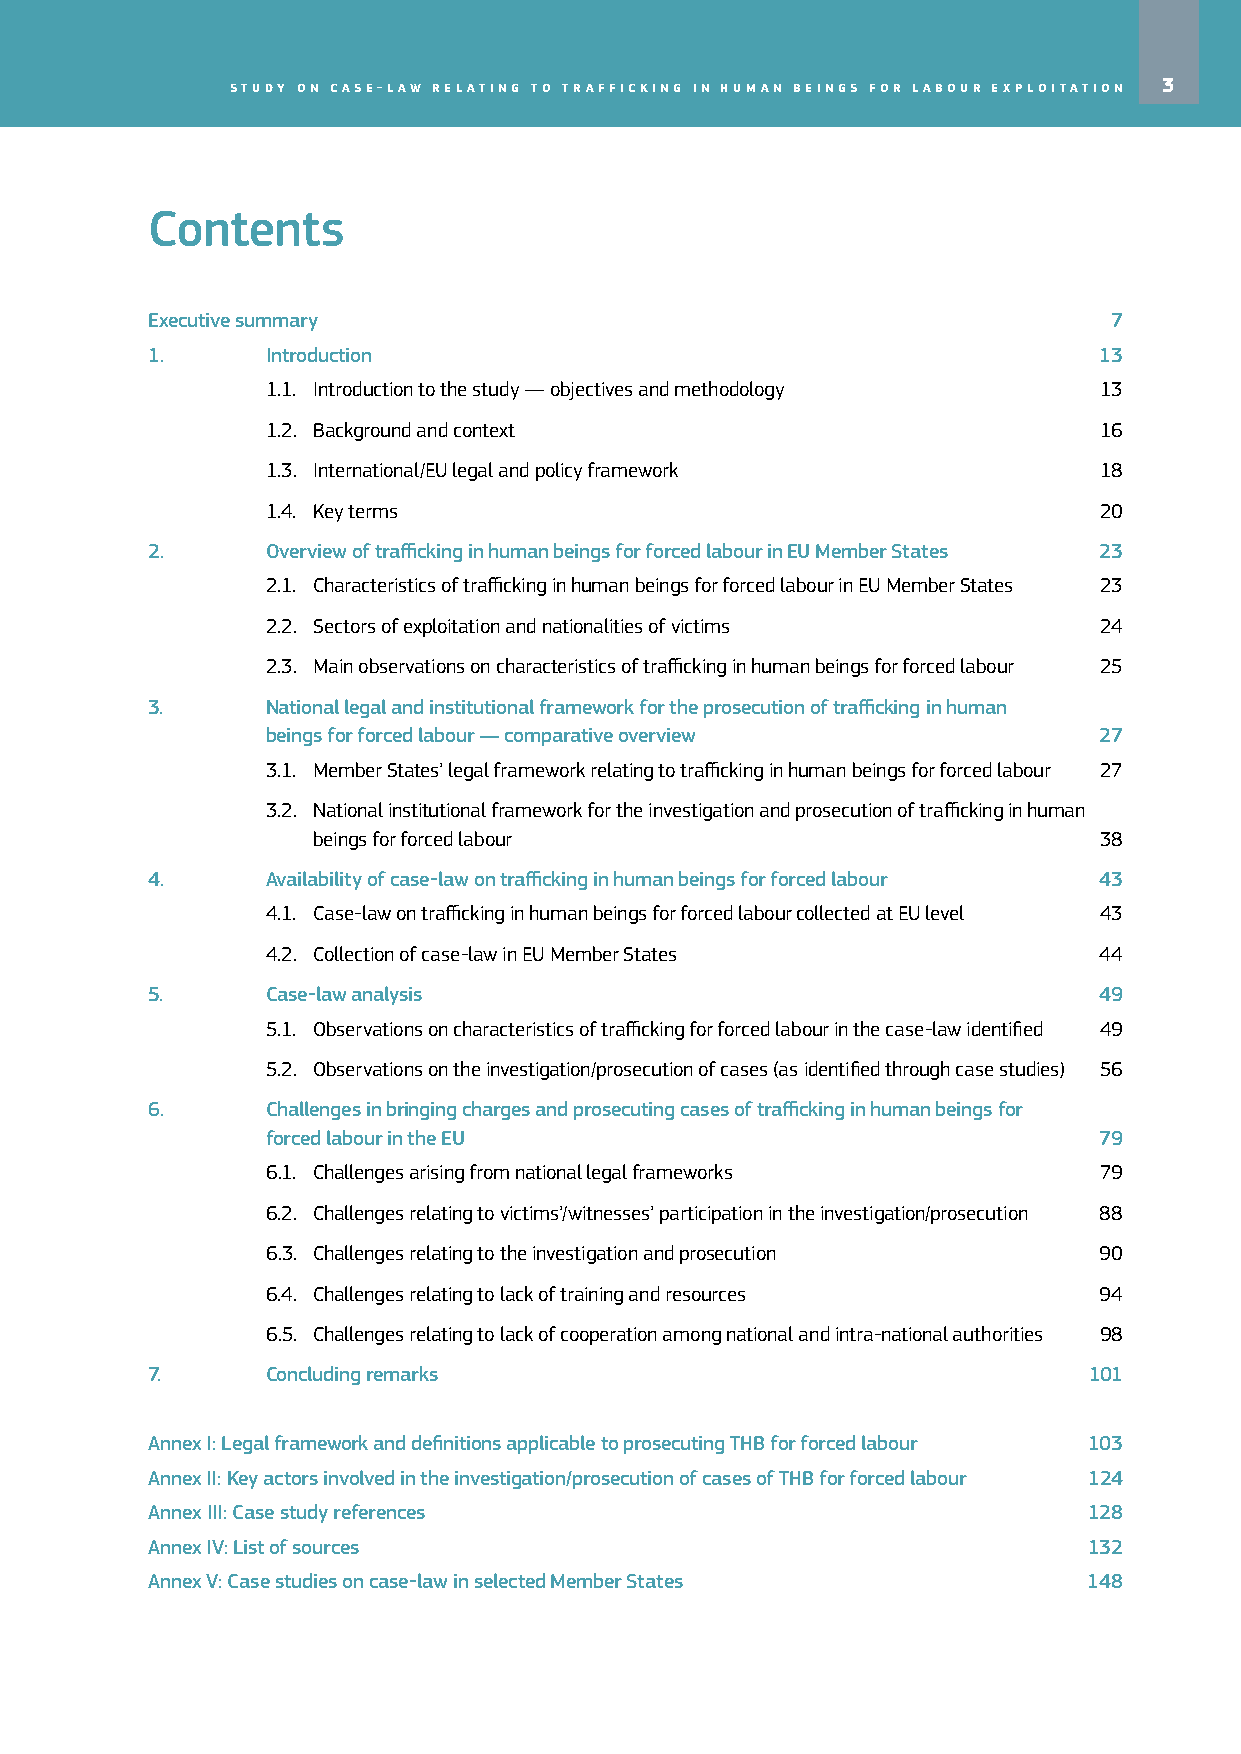
Study on caSe-law relating to trafficking in human beingS for labour exploitation 3
 Contents
 Executive summary                                               7
 1.      Introduction                                           13
 1.1. Introduction to the study — objectives and methodology 13
 1.2. Background and context                            16
 1.3. International/EU legal and policy framework       18
 1.4. Key terms                                         20
 2.      Overview of trafficking in human beings for forced labour in EU Member States 23
 2.1. Characteristics of trafficking in human beings for forced labour in EU Member States 23
 2.2. Sectors of exploitation and nationalities of victims 24
 2.3. Main observations on characteristics of trafficking in human beings for forced labour 25
 3.      National legal and institutional framework for the prosecution of trafficking in human
 beings for forced labour — comparative overview        27
 3.1. Member States’ legal framework relating to trafficking in human beings for forced labour 27
 3.2. National institutional framework for the investigation and prosecution of trafficking in human
 beings for forced labour                            38
 4.      Availability of case‑law on trafficking in human beings for forced labour 43
 4.1. Case-law on trafficking in human beings for forced labour collected at EU level 43
 4.2. Collection of case-law in EU Member States        44
 5.      Case‑law analysis                                      49
 5.1. Observations on characteristics of trafficking for forced labour in the case-law identified 49
 5.2. Observations on the investigation/prosecution of cases (as identified through case studies) 56
 6.      Challenges in bringing charges and prosecuting cases of trafficking in human beings for
 forced labour in the EU                                79
 6.1. Challenges arising from national legal frameworks 79
 6.2. Challenges relating to victims’/witnesses’ participation in the investigation/prosecution 88
 6.3. Challenges relating to the investigation and prosecution 90
 6.4. Challenges relating to lack of training and resources 94
 6.5. Challenges relating to lack of cooperation among national and intra-national authorities 98
 7.      Concluding remarks                                    101
 Annex I: L egal framework and definitions applicable to prosecuting THB for forced labour 103
 Annex II: K ey actors involved in the investigation/prosecution of cases of THB for forced labour 124
 Annex III: Case study references                              128
 Annex IV: List of sources                                     132
 Annex V: Case studies on case‑law in selected Member States   148